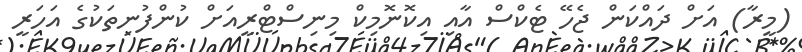
(މީރާ) އަށް ދައްކަން ޖެހޭ ޓެކްސް އާއި އިކޮނޮމިކް މިނިސްޓްރީއަށް ކުންފުނިތަކުގެ އަހަރީ